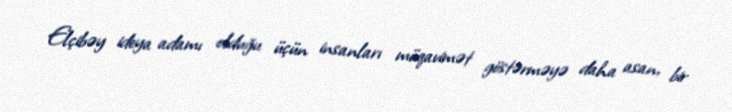
Elçibəy ideya adamı olduğu üçün insanları müqavimət göstərməyə daha asan, bir